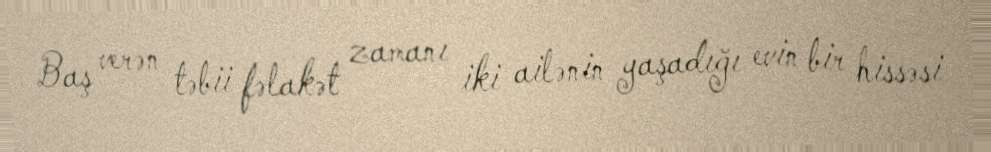
Baş verən təbii fəlakət zamanı iki ailənin yaşadığı evin bir hissəsi